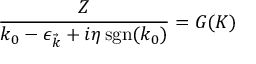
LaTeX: { \frac { Z } { k _ { 0 } - \epsilon _ { \vec { k } } + i \eta \operatorname { s g n } ( k _ { 0 } ) } } = G _ { } ( K )